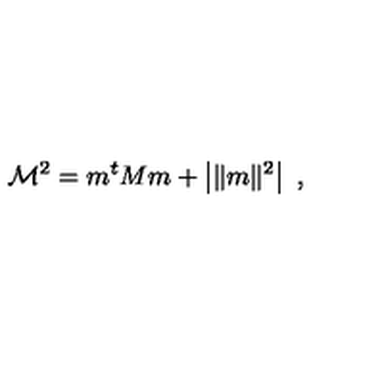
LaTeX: \mathcal { M } ^ { 2 } = m ^ { t } M m + \left| \| m \| ^ { 2 } \right| \ ,